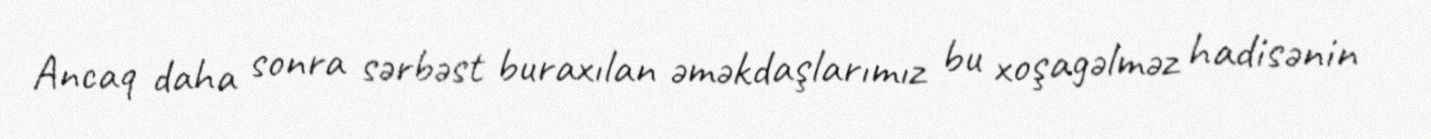
Ancaq daha sonra sərbəst buraxılan əməkdaşlarımız bu xoşagəlməz hadisənin